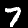
Label: 7